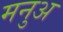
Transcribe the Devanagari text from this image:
मनुअ